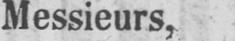
Messieurs,